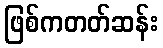
ဖြစ်ကတတ်ဆန်း